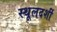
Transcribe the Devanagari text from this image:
स्थूलदर्शी